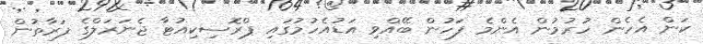
ކަން އެހެން ހުރުމުން އެންމެ ފަހުން ބޭއްވި އަޑުއެހުމުގައި ޕްރޮސިކިއުޓާ ޖެނަރަލްގެ ފަރާތުން